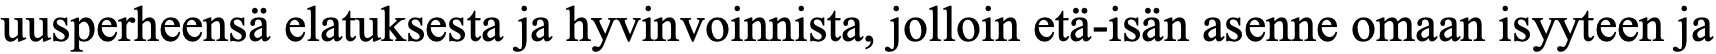
uusperheensä elatuksesta ja hyvinvoinnista, jolloin etä-isän asenne omaan isyyteen ja